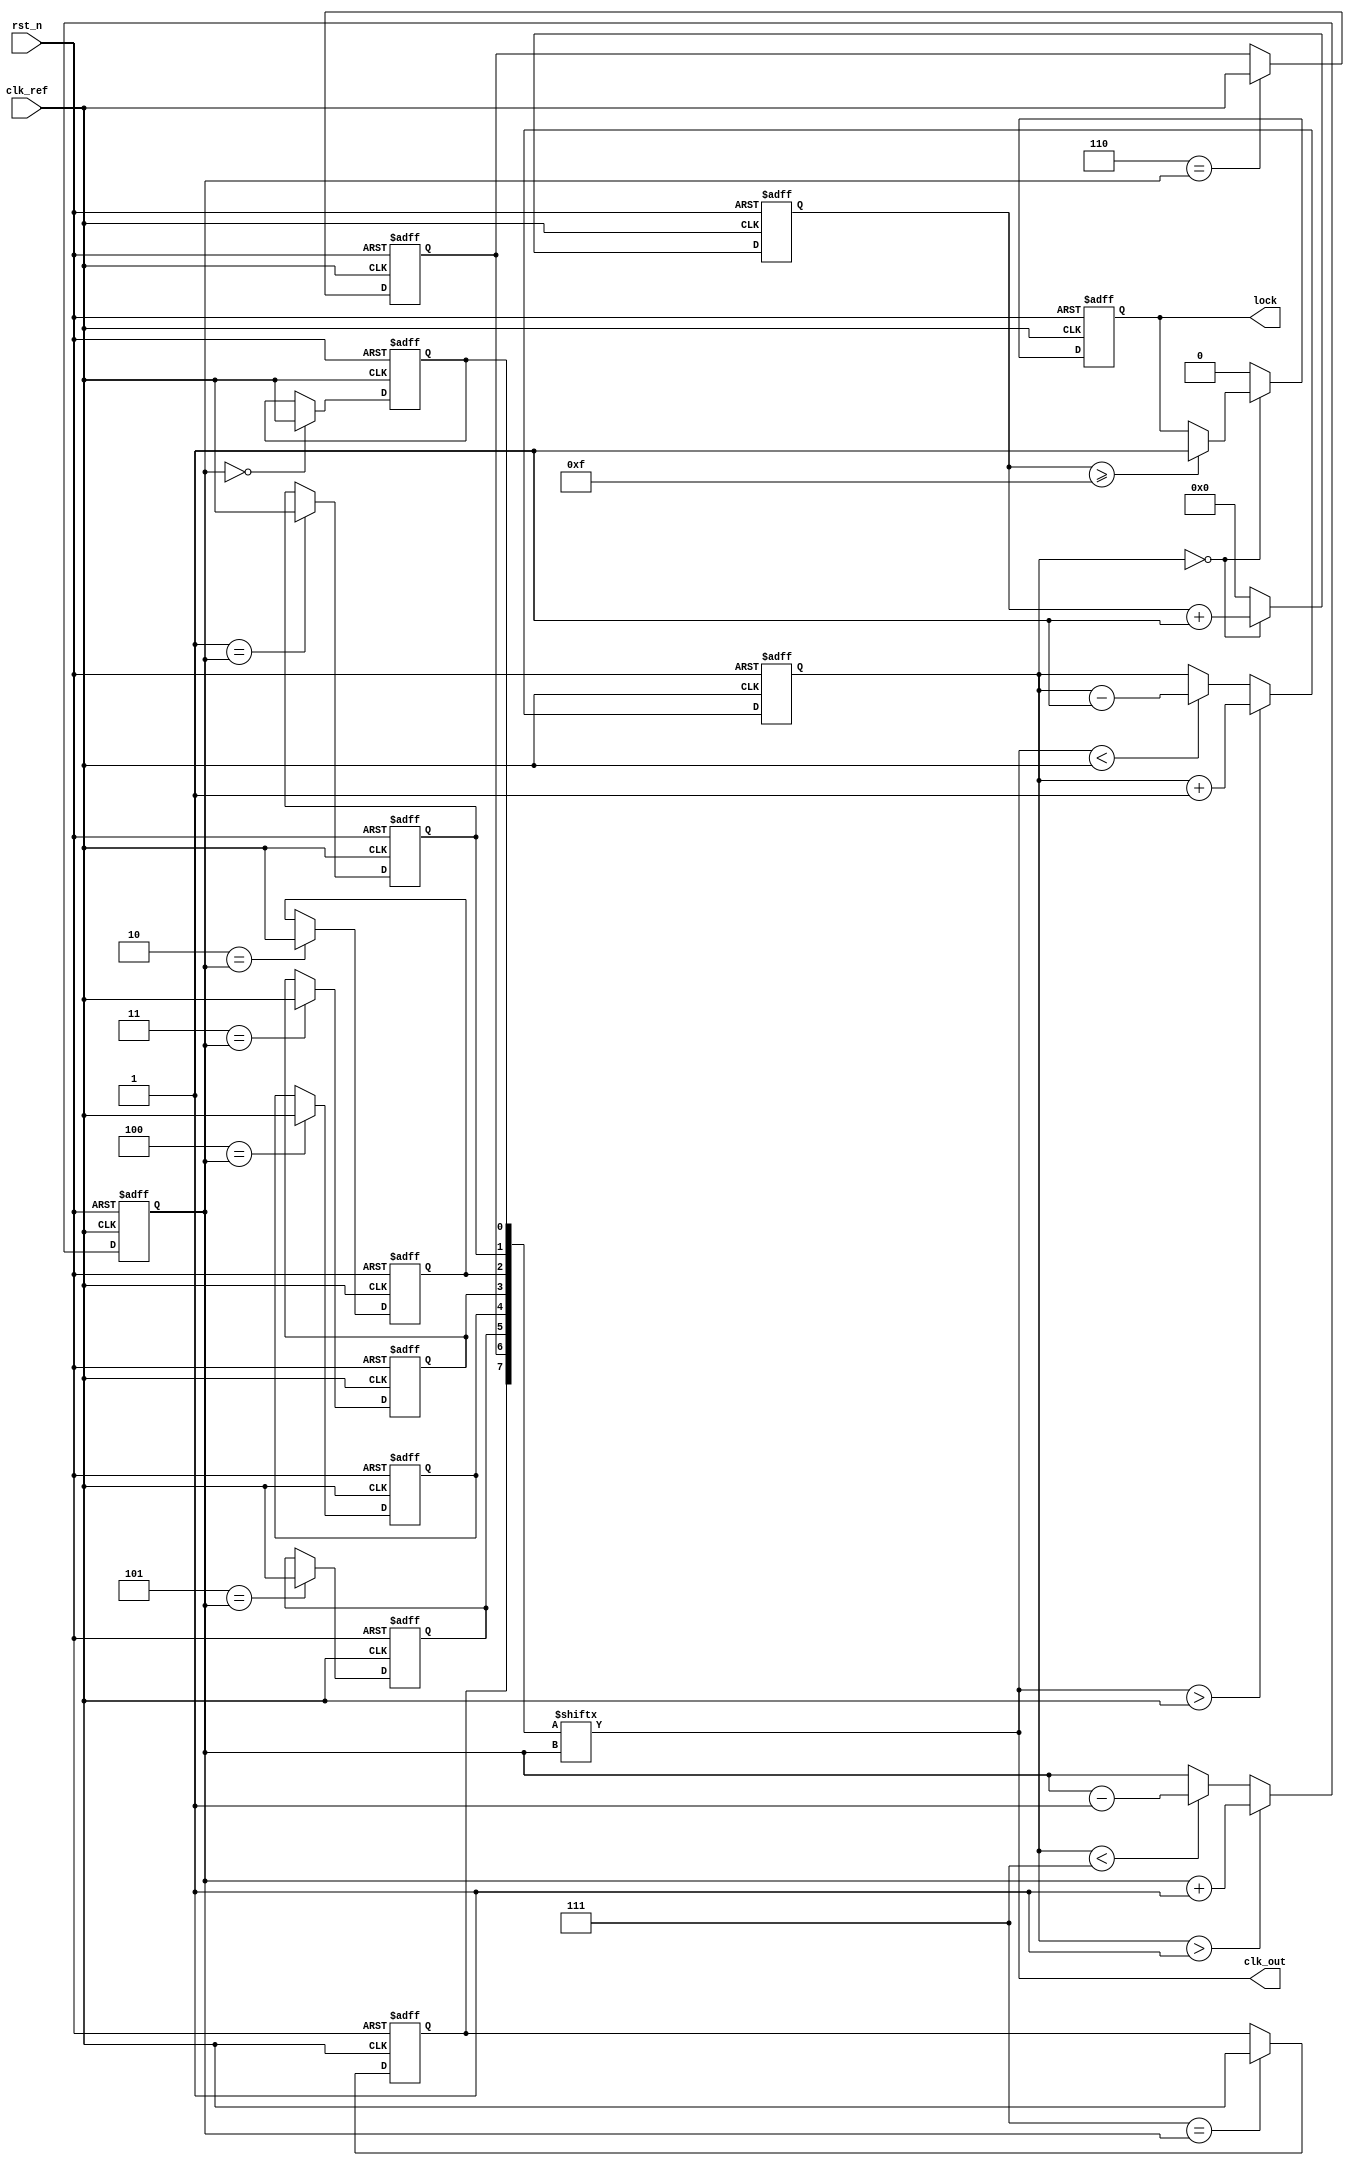
module MemoryBlocksDLL (
    input wire clk_ref,          // Reference clock input
    input wire rst_n,           // Active low reset
    output wire clk_out,        // Output clock
    output wire lock            // Lock status signal
);

// Parameters
parameter NUM_DELAY_ELEMENTS = 8; // Number of delay elements
parameter DELAY_STEP = 1;          // Delay step in time units

// Internal signals
reg [NUM_DELAY_ELEMENTS-1:0] delay_line; // Delay line elements
wire [NUM_DELAY_ELEMENTS-1:0] delay_out; // Delayed clock outputs
reg [2:0] phase_error;                 // Phase error signal
reg [2:0] delay_select;                 // Selected delay element
reg locked;                             // Lock status
reg [3:0] count;                        // Counter for lock detection

// Phase Detector (PD)
always @(posedge clk_ref or negedge rst_n) begin
    if (!rst_n) begin
        phase_error <= 3'b0;
    end else begin
        // Compare the phase of the reference clock with the output clock
        if (clk_out > clk_ref) begin
            phase_error <= phase_error + 1; // Increment error
        end else if (clk_out < clk_ref) begin
            phase_error <= phase_error - 1; // Decrement error
        end
    end
end

// Delay Line
generate
    genvar i;
    for (i = 0; i < NUM_DELAY_ELEMENTS; i = i + 1) begin : delay_elements
        // Simple delay line using registers
        always @(posedge clk_ref or negedge rst_n) begin
            if (!rst_n) begin
                delay_line[i] <= 1'b0; // Initialize to 0
            end else begin
                delay_line[i] <= (i == delay_select) ? clk_ref : delay_line[i]; // Selectively enable delay
            end
        end
        assign delay_out[i] = delay_line[i];
    end
endgenerate

// Control Logic
always @(posedge clk_ref or negedge rst_n) begin
    if (!rst_n) begin
        delay_select <= 3'b000; // Start with the first delay element
        locked <= 1'b0;
        count <= 4'b0;
    end else begin
        // Adjust the delay based on the phase error
        if (phase_error > 3'b001) begin
            delay_select <= delay_select + 1; // Coarse tuning
        end else if (phase_error < 3'b111) begin
            delay_select <= delay_select - 1; // Coarse tuning
        end
        
        // Lock detection
        if (phase_error == 3'b000) begin
            count <= count + 1;
            if (count >= 4'b1111) begin
                locked <= 1'b1; // Locked state
            end
        end else begin
            count <= 4'b000; // Reset count if not locked
            locked <= 1'b0;
        end
    end
end

// Output Clock Buffer
assign clk_out = delay_out[delay_select];

// Lock Signal
assign lock = locked;

endmodule